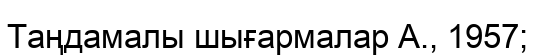
Таңдамалы шығармалар А., 1957;